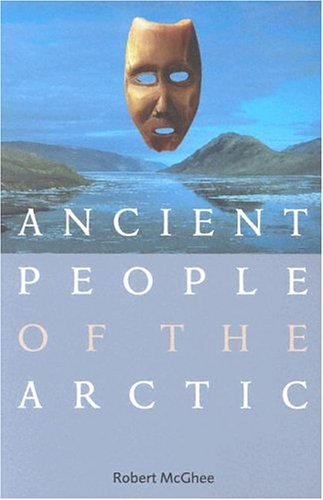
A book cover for Ancient People of the Arctic; Robert McGhee; History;